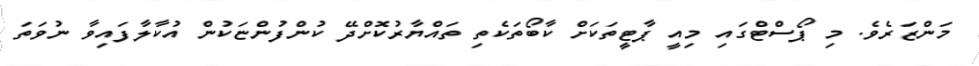
މަންޒަރެވެ. މި ޕޯސްޓްގައި މިއީ ޕާޓީތަކަށް ކާބޯތަކެތި ތައްޔާރުކޮށްދޭ ކުންފުންޏަކުން އުކާލާފައިވާ ނުވަތަ